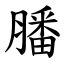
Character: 膰